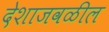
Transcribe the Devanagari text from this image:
देशाजवळील